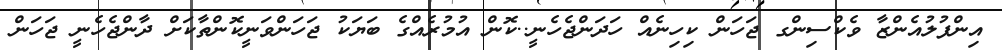
އިންފުލުއެންޒާ ވެކްސިންގ ޖަހަން ކިހިނެއް ހަދަންޖެހެނީ..ކޮން އުމުރެއްގެ ބަޔަކު ޖަހަންވަނީކޮންތާކަށް ދާންޖެހެނީ ޖަހަން